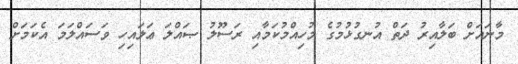
މާނައަށް ބަލާއިރު ދަތް އުނގުޅުމުގެ މުހިއްމުކަމާއި ރަސޫލު ޞައްލަ ޢަލައިހި ވަސައްލަމަ އެކަމަށް